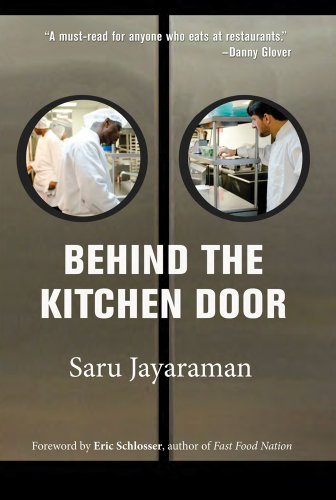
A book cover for Behind the Kitchen Door; Saru Jayaraman; Cookbooks, Food & Wine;